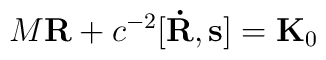
M{\bf R} + c^{-2}[{\bf\dot R},{\bf s}] = {\bf K}_0